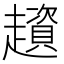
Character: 𧾒